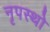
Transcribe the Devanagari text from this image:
नृपस्थो